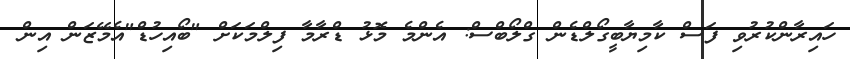
ހައިރާންކުރުވި ފަސް ކާމިޔާބީގޯލްޑެން ގްލޯބްސް: އެންމެ މޮޅު ޑްރާމާ ފިލްމަކަށް "ބޯއިހުޑް"އެމޭޒަން އިން